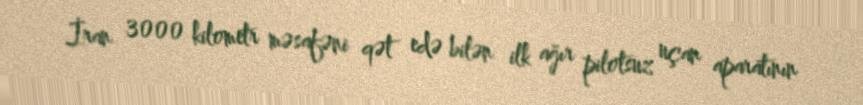
İran 3000 kilometr məsafəni qət edə bilən ilk ağır pilotsuz uçan aparatının